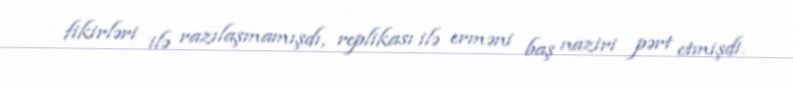
fikirləri ilə razılaşmamışdı, replikası ilə erməni baş naziri pərt etmişdi.